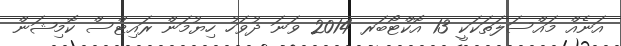
އަނެއް މައްސަލަތަކަކީ 13 އޮކްޓޯބަރ 2014 ވަނަ ދުވަހު ހިޔުމަން ރައިޓްސް ކޮމިޝަން